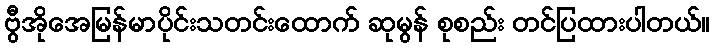
ဗွီအိုအေမြန်မာပိုင်းသတင်းထောက် ဆုမွန် စုစည်း တင်ပြထားပါတယ်။